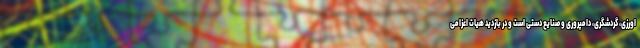
اورزی، گردشگری، دامپروری و صنایع دستی است و در بازدید هیات اعزامی